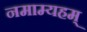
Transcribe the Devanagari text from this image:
नमाम्यहम्‌